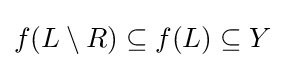
f(L\setminus R)\subseteq f(L)\subseteq Y